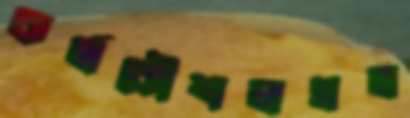
কর্মকৌশলগত